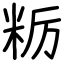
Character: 粝